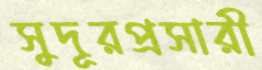
সুদূরপ্রসারী